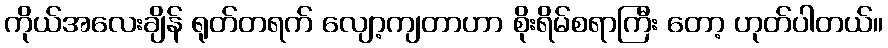
ကိုယ်အလေးချိန် ရုတ်တရက် လျော့ကျတာဟာ စိုးရိမ်စရာကြီး တော့ ဟုတ်ပါတယ်။